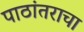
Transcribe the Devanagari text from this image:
पाठांतराचा